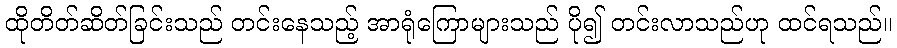
ထိုတိတ်ဆိတ်ခြင်းသည် တင်းနေသည့် အာရုံကြောများသည် ပို၍ တင်းလာသည်ဟု ထင်ရသည်။